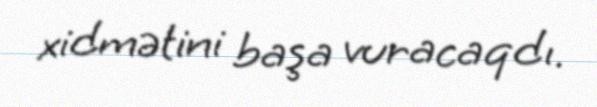
xidmətini başa vuracaqdı.